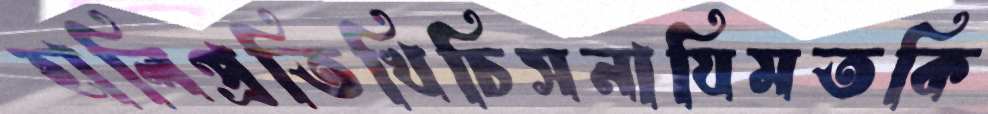
হালিপ্রতিখিচিসনাযিমতকি